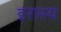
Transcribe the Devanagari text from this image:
इरास्य